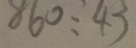
8 6 0 : 4 3